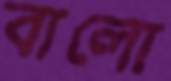
বালো